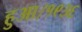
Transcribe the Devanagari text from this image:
हुआ।१९३६